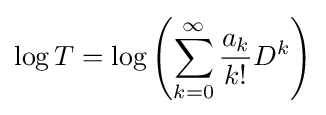
\log T=\log \left(\sum _{k=0}^{\infty }{\frac {a_{k}}{k!}}D^{k}\right)